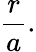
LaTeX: {\frac{r}{a}}.